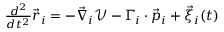
\begin{array} { r } { \frac { d ^ { 2 } } { d t ^ { 2 } } \vec { r } _ { i } = - \vec { \nabla } _ { i } \mathcal { V } - \boldsymbol { \Gamma _ { i } } \cdot \vec { p } _ { i } + \vec { \xi } _ { i } ( t ) } \end{array}